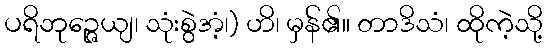
ပရိဘုဉ္ဇေယျ၊ သုံးစွဲအံ့၊) ဟိ၊ မှန်၏။ တာဒိသံ၊ ထိုကဲ့သို့